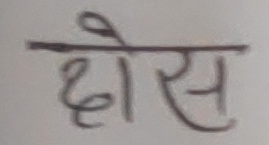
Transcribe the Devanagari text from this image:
दोस